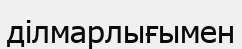
ділмарлығымен